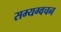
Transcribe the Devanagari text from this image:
सम्यग्वचन